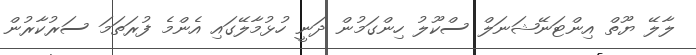
ލާލޭ ޔޫތް އިންޓަނޭޝަނަލް ސްކޫލު ހިންގަމުން ދަނީ ހުޅުމާލޭގައި އެންމެ ފުރަތަމަ ސަރުކާރުން